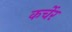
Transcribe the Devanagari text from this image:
कर्चेर